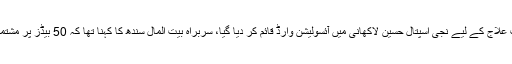
اے آر وائی نیوز کے مطابق کرونا وائرس کی روک تھام اور متاثرہ افراد کے مفت علاج کے لیے نجی اسپتال حسین لاکھانی میں آئسولیشن وارڈ قائم کر دیا گیا، سربراہ بیت المال سندھ کا کہنا تھا کہ 50 بیڈز پر مشتمل آئسولیشن وارڈ قائم کیا گیا ہے، جہاں مفت علاج کی سہولیات فراہم کی جائیں گی۔